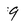
Character: 9